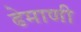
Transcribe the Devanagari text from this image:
ढेमाणी